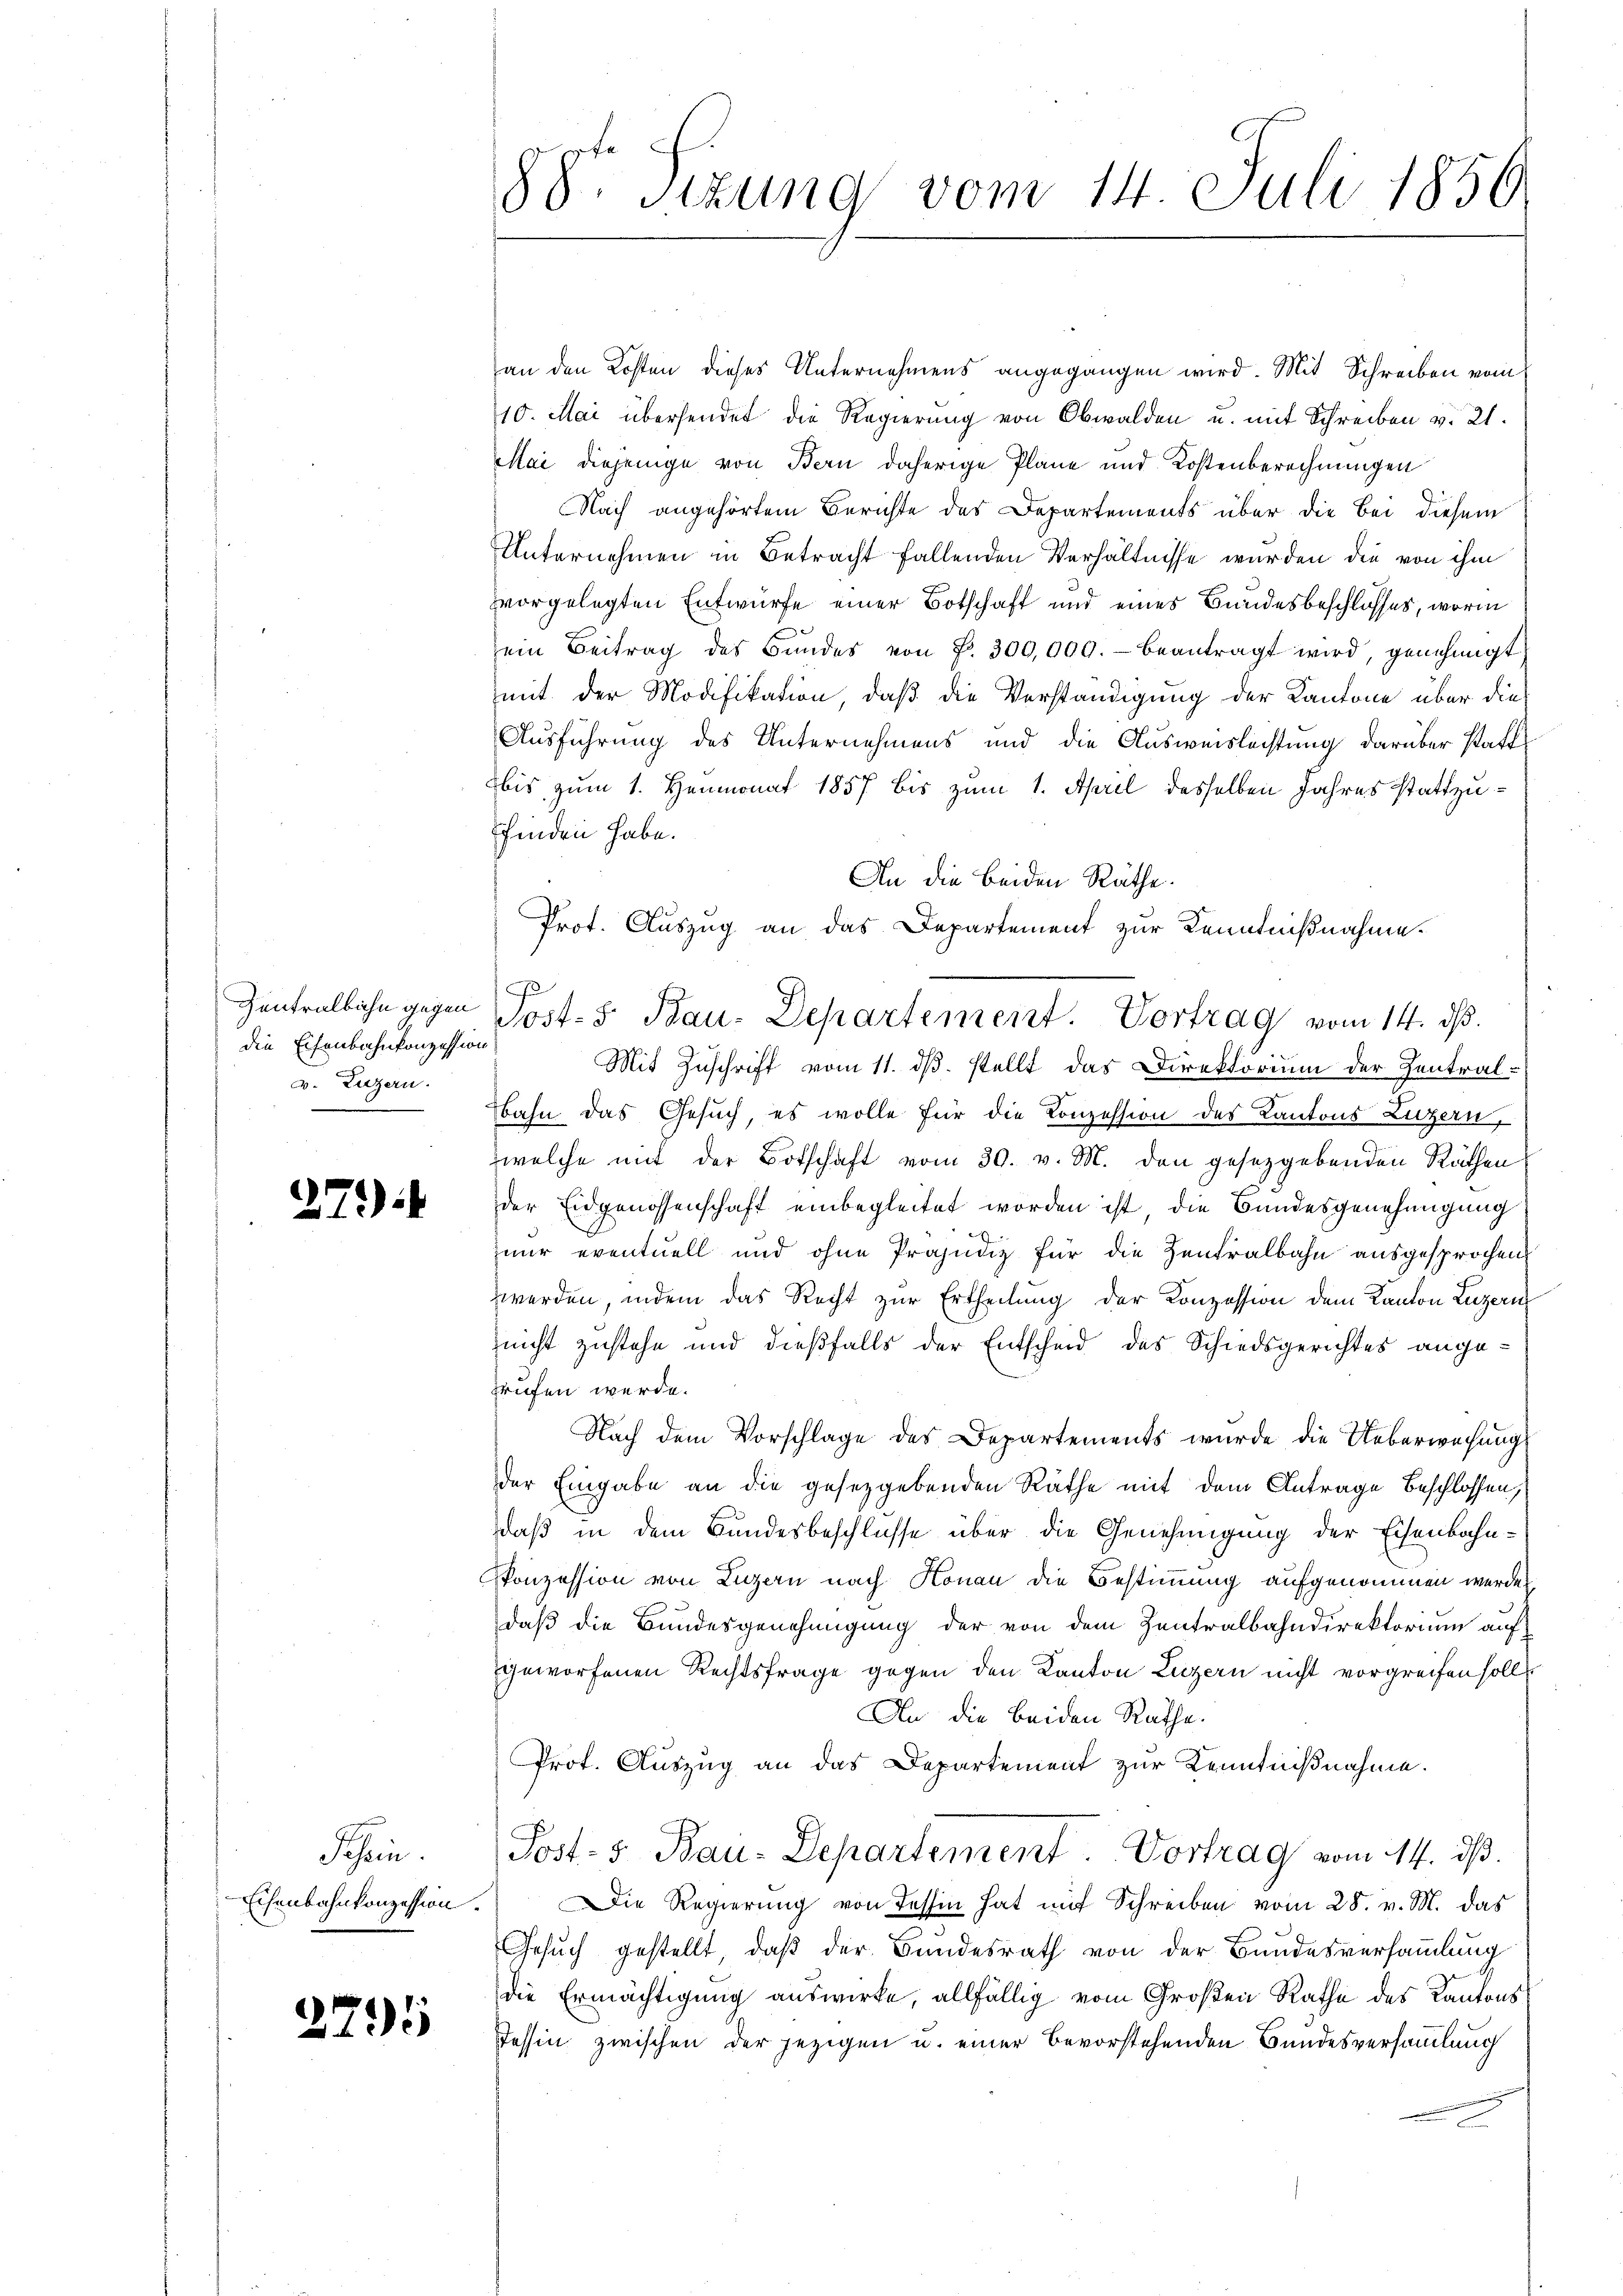
die Eisenbahnkonzession
v. Luzern.

27).

Schen.
Eisenbahnkonzession.

2795

88 Sizung vom 14. Juli 1850.

an den Kosten dieses Unternehmens angegangen wird. Mit Schreiben vom
10. Mai übersendet die Regierung von Obwalden u. mit Schreiben v. 21.
Mai diejenige von Bern daherige Pläne und Kostenberechnungen
Nach angehörtem Berichte des Departements über die bei diesem
UUnternehmen in Betracht fallenden Verhältnisse wurden den von ihm
vorgelegten Entwurfe einer Botschaft und eines Bundesbeschlosses, worin
ein Beitrag des Bŭndes von Fr. 300,000.- beantragt wird, genehmigt
mit der Modifikation, daß die Verständigung der Kantone über die
Ausführung des Unternehmens und die Ausweislachtung darüber stattbis zum 1. Heumonat 1857 bis zum 1. April desselben Jahres stattzufinden habe.
An die beiden Räthe.
Prot. Auszug an das Departement zur Kenntnißnahme.
J
Mit Zuschrift vom 11. ds. stellt das Direktorium der Zentral-
bahn das Gesuch, es wolle für die Konzession des Kantons Luzern,
welche mit der Botschaft vom 30. v. M. den gesetzgebenden Räthen
der Eidgenossenschaft einbegleitet worden ist, die Bundesgenehmigung
znur eventuell und ohne Präjudiz für die Zentralbahn ausgesprochen,
werden, indem das Recht zur Ertheilung der Konzession dem Kanton Luzern
nicht zustehe und dießfalls der Entscheid des Schiedsgerichtes ange-
frufen werde.
Nach dem Vorschlage des Departements wurde die Ueberwachung
der Eingabe an die gesetzgebenden Räthe mit dem Antrage beschlossen,
daß in dem Bundesbeschlusse über die Genehmigung der Eisenbahn-
Ponzession von Luzern nach Konau die Bestimmung aufgenommen werden.
daß die Bundesgenehmigung der von dem Zentralbahndirektorium auf
geworfenen Rechtsfrage gegen den Kanton Luzern nicht vorgreifen solls
An die beiden Rathe.
Prof. Auszug an das Departement zur Kenntnißnahme.
Post- 5. Bau-Departement Vortrag vom 14. dß.
Die Regierung von Tessin hat mit Schreiben vom 28. v. M. das
Gesuch gestellt, daß der Bundesrath von der Bundesversammlung
die Ermächtigung auswirke, allfällig vom Großen Rathe des Kantons
Tessin zwischen der jezigen u. einer bevorstehenden Bundesversammlung

Zentralbahn gegen Post- & Bau-Departement. Vortrag vom 14. ds.